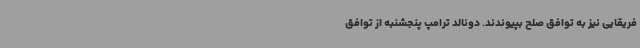
فریقایی نیز به توافق صلح بپیوندند. دونالد ترامپ پنجشنبه از توافق